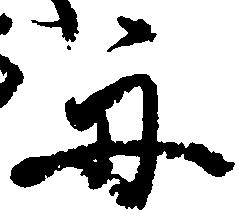
舟